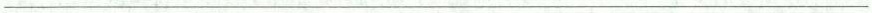
___